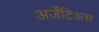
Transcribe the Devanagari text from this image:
अर्जेंटिअस